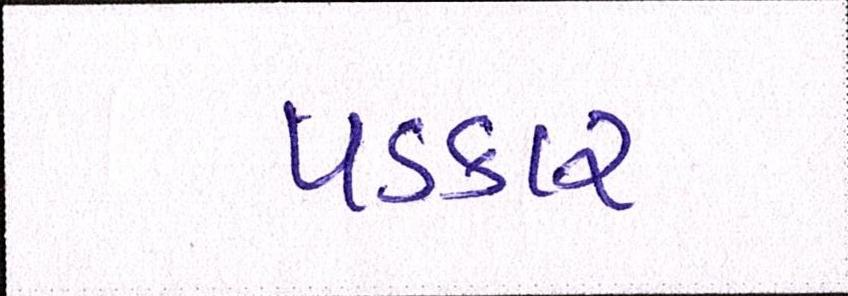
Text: પડકાર